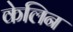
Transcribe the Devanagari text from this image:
केलिन